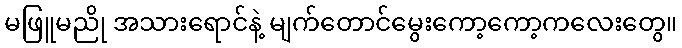
မဖြူမညို အသားရောင်နဲ့ မျက်တောင်မွေးကော့ကော့ကလေးတွေ။